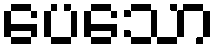
ပေသော